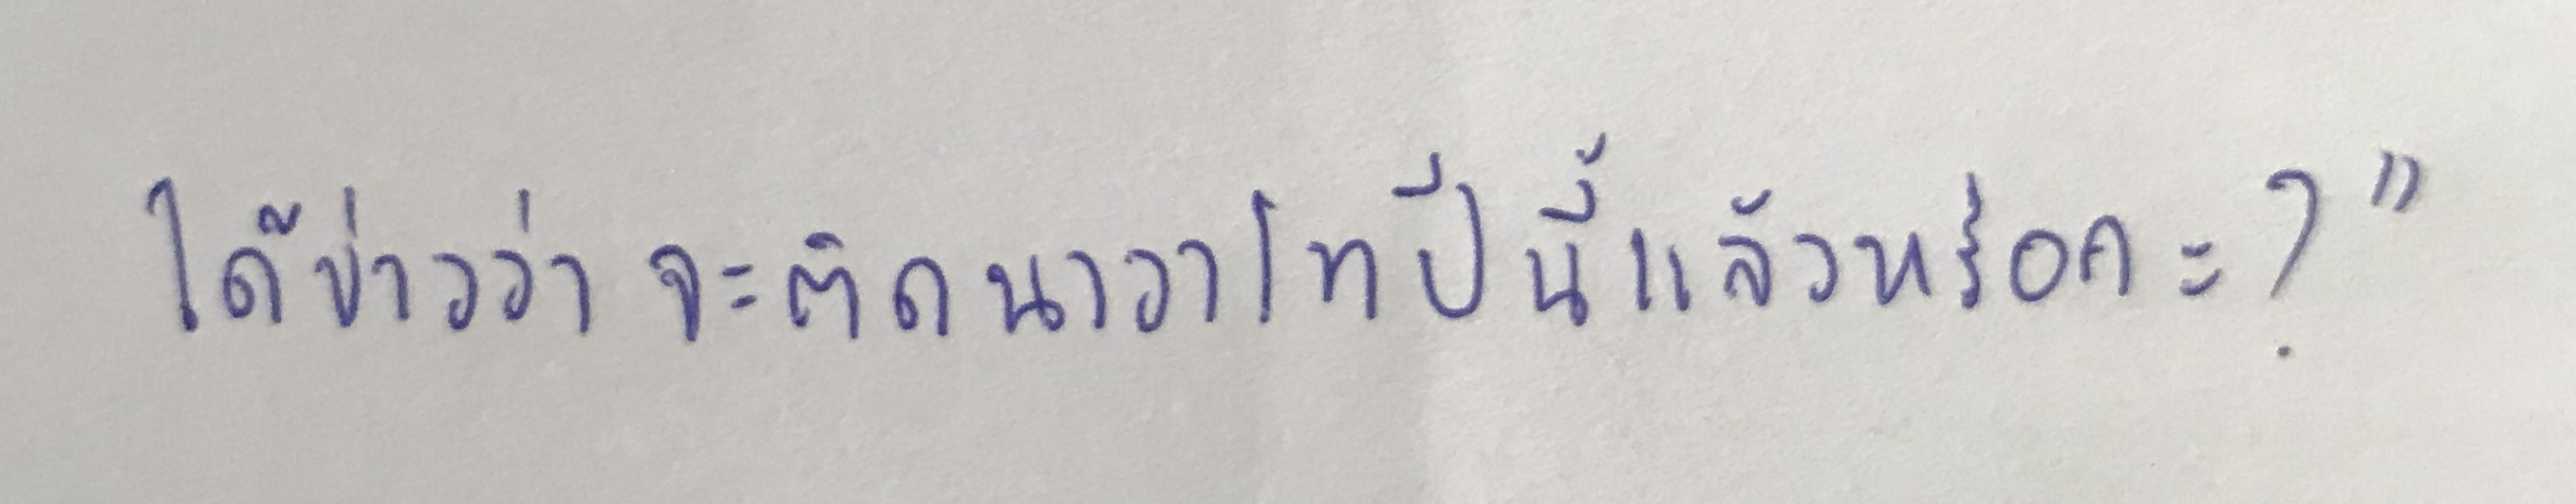
ได้ข่าวว่าจะติดนาวาโทปีนี้แล้วหรือคะ?"